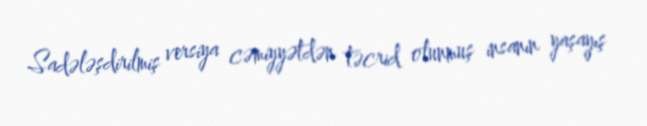
Sadələşdirilmiş versiya cəmiyyətdən təcrid olunmuş insanın yaşayış